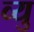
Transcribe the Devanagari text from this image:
व्यु